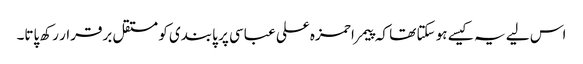
اس لیے یہ کیسے ہو سکتا تھا کہ پیمرا حمزہ علی عباسی پر پابندی کو مستقل برقرار رکھ پاتا۔